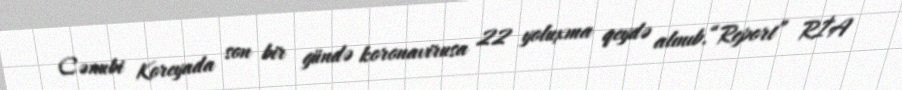
Cənubi Koreyada son bir gündə koronavirusa 22 yoluxma qeydə alınıb.“Report” RİA